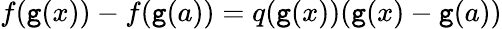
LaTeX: f(\mathtt{g}(x))-f(\mathtt{g}(a))=q(\mathtt{g}(x))(\mathtt{g}(x)-\mathtt{g}(a))